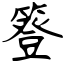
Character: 簦